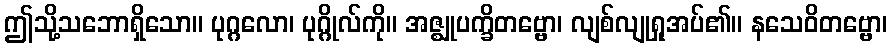
ဤသို့သဘောရှိသော။ ပုဂ္ဂလော၊ ပုဂ္ဂိုလ်ကို။ အဇ္ဈုပက္ခိတဗ္ဗော၊ လျစ်လျုရှုအပ်၏။ နသေဝိတဗ္ဗော၊